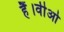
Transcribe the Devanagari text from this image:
हैं।वीओ